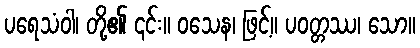
ပရေသံဝါ၊ တို့၏ ၎င်း။ ဝသေန၊ ဖြင့်။ ပဝတ္တဿ၊ သော။